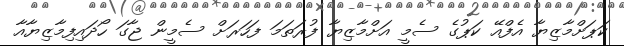
ކަޕަށްމާޒިޔާ އެފްއޭ ކަޕުގެ ސެމީ އަށްމާޒިޔާ ފުރަތަމަ ފަހަރަށް ސެމީން ޖާގަ ހޯދައިފިމާޒިޔާއާ